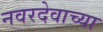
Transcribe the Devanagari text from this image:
नवरदेवाच्या